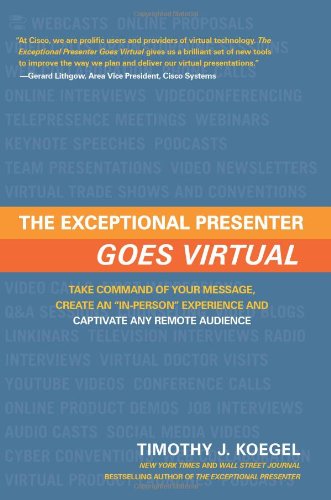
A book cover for The Exceptional Presenter Goes Virtual: Take Command of Your Message, Create an ''In-Person'' Experience, and Captivate Any Remote Audience; Timothy J. Koegel; Business & Money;